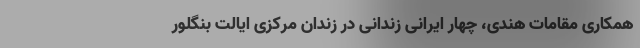
همکاری مقامات هندی، چهار ایرانی زندانی در زندان مرکزی ایالت بنگلور